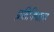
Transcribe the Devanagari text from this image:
प्रतिनिधात्व